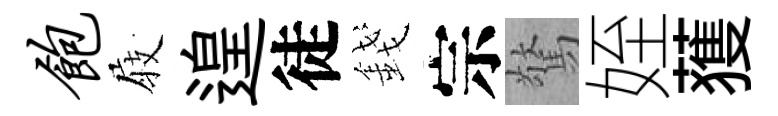
饱𡲆遑徒錢宗驚姪𫉬